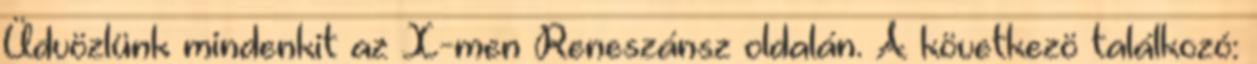
Üdvözlünk mindenkit az X-men Reneszánsz oldalán. A következö találkozó: